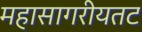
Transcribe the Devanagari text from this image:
महासागरीयतट